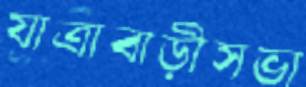
যাত্রাবাড়ীসভা